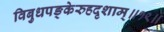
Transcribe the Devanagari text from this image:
विबुधपङ्केरुहदृशाम्॥१९॥